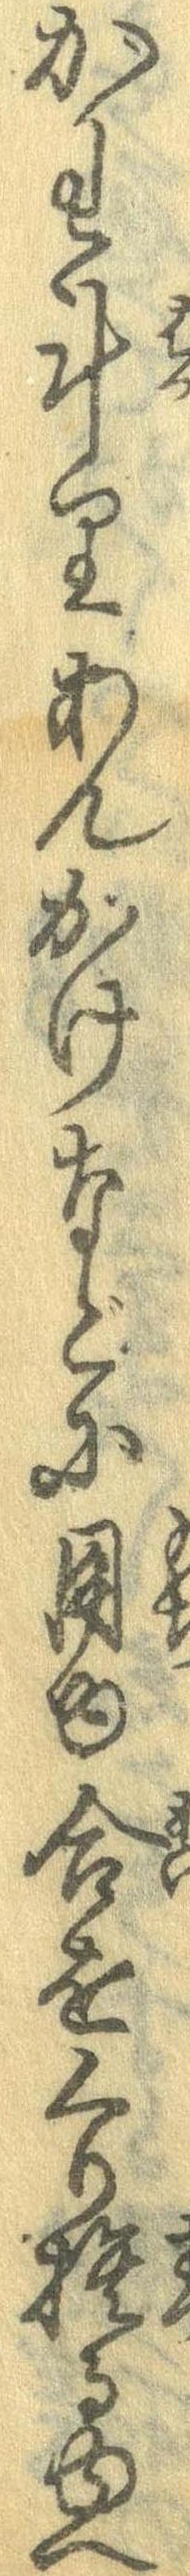
かわ斗りあんかけなどに用ゆ合をくり捨るゆへ